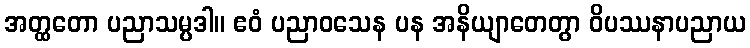
အတ္ထတော ပညာသမ္ပဒါ။ ဧဝံ ပညာဝသေန ပန အနိယျာတေတွာ ဝိပဿနာပညာယ